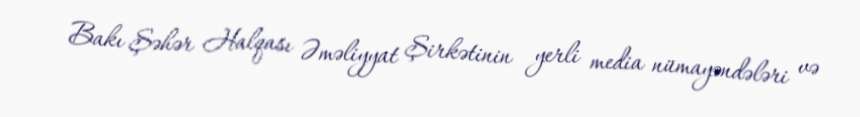
Bakı Şəhər Halqası Əməliyyat Şirkətinin yerli media nümayəndələri və